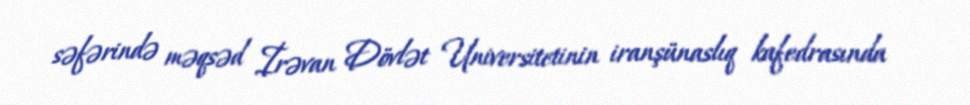
səfərində məqsəd İrəvan Dövlət Universitetinin iranşünaslıq kafedrasında